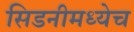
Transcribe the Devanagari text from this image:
सिडनीमध्येच